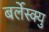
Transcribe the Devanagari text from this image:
बर्लेस्क्यु